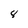
Character: 8